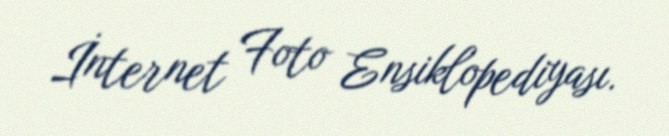
İnternet Foto Ensiklopediyası.